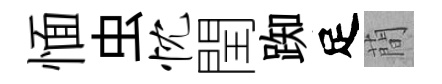
愐虫忱閏踟足蕳